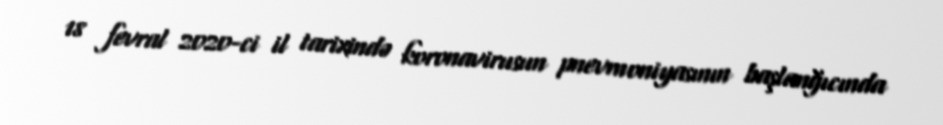
18 fevral 2020-ci il tarixində koronavirusun pnevmoniyasının başlanğıcında